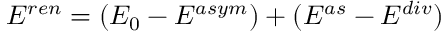
E ^ { r e n } = ( E _ { 0 } - E ^ { a s y m } ) + ( E ^ { a s } - E ^ { d i v } )